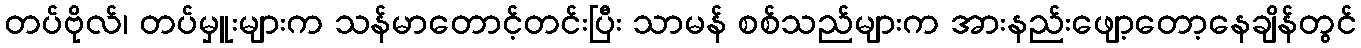
တပ်ဗိုလ်၊ တပ်မှူးများက သန်မာတောင့်တင်းပြီး သာမန် စစ်သည်များက အားနည်းဖျော့တော့နေချိန်တွင်